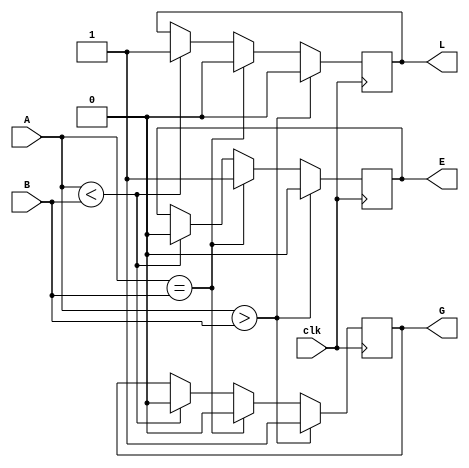
`timescale 1ns / 1ps
//////////////////////////////////////////////////////////////////////////////////
// Company: 
// Engineer: 
// 
// Design Name: 
// Module Name: comparator
// Project Name: 
// Target Devices: 
// Tool Versions: 
// Description: 
// 
// Dependencies: 
// 
// Revision:
// Revision 0.01 - File Created
// Additional Comments:
// 
//////////////////////////////////////////////////////////////////////////////////


module comparator(clk, A, B, L, G, E);

    input clk;
    input [31:0] A, B;
    output reg L, G, E;
    
    always @ (posedge clk)
    begin
        if(A < B)
        begin
            L <= 1;
            E <= 0;
            G <= 0;
        end
        
        if(A == B)
        begin
            L <= 0;
            E <= 1;
            G <= 0;
        end
        
        if(A > B)
        begin
            L <= 0;
            E <= 0;
            G <= 1;
        end
     end

endmodule